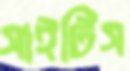
সাইটিস